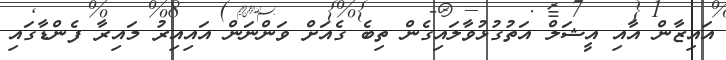
އައިޒާން އާއި އީޝަލް އަތުގުޅުވާލައިގެން ތިބެ ގެއަށް ވަންނަން އައިއިރު މައިރާ ފެންޑާގައި